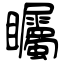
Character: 矚